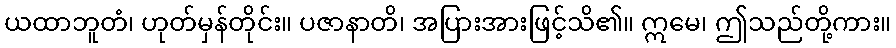
ယထာဘူတံ၊ ဟုတ်မှန်တိုင်း။ ပဇာနာတိ၊ အပြားအားဖြင့်သိ၏။ ဣမေ၊ ဤသည်တို့ကား။